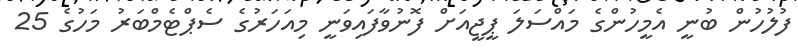
ފުލުހުން ބުނީ އެމީހުންގެ މައްސަލަ ޕީޖީއަށް ފޮނުވާފައިވަނީ މިއަހަރުގެ ސެޕްޓެމްބަރު މަހުގެ 25